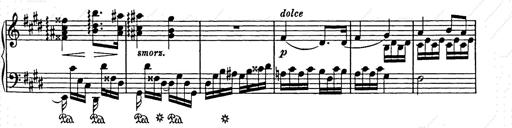
Title: Ave Maria
Composer: Joseph Ascher
Key: D-flat major